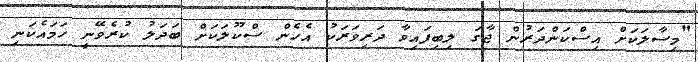
"މިސާލަކަށް އިސްކަންދަރުން ޖާގަ ލިބިފައިވާ ދަރިވަރަކު އެހެން ސްކޫލަކަށް ބަދަލު ކުރެވޭނީ ހަމައެކަނި